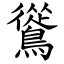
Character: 䳷